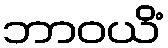
ဘာဝယိံ